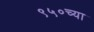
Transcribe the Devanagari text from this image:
९५०च्या